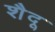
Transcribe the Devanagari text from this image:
शैदू